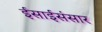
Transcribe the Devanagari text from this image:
ईसाईसंसार